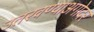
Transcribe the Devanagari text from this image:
उतरवण्याअगोदर